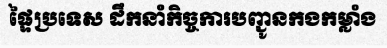
ផ្ទៃប្រទេស ដឹកនាំកិច្ចការបញ្ជូនកងកម្លាំង